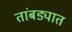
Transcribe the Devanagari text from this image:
तांबड्यात